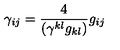
\gamma _ { i j } = \frac { 4 } { ( \gamma ^ { k l } g _ { k l } ) } g _ { i j }